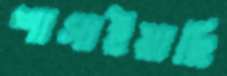
শাসাইয়াছি